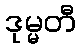
ဒုမ္မတီ